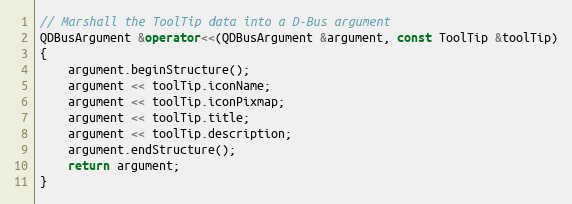
Language: C++
// Marshall the ToolTip data into a D-Bus argument
QDBusArgument &operator<<(QDBusArgument &argument, const ToolTip &toolTip)
{
    argument.beginStructure();
    argument << toolTip.iconName;
    argument << toolTip.iconPixmap;
    argument << toolTip.title;
    argument << toolTip.description;
    argument.endStructure();
    return argument;
}